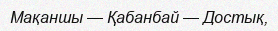
Мақаншы — Қабанбай — Достық,